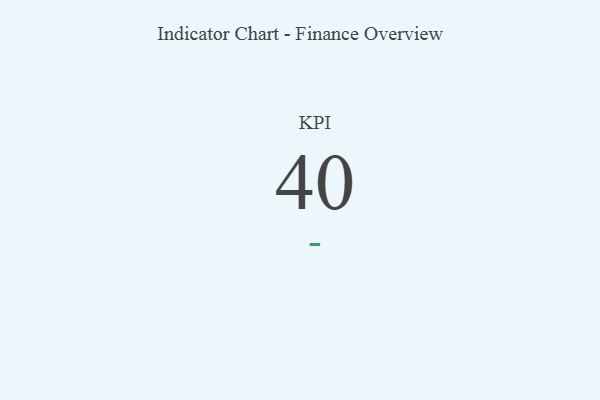
{"axis": {"x": "KPI", "y": "Value"}, "legend": [""], "data": [{"x": "KPI", "y": 40, "type": ""}]}